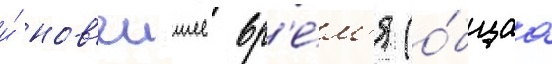
и́ нов'еишее вр'е́м'я (о́бщаа